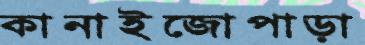
কানাইজোপাড়া